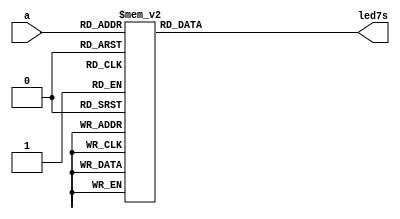
`timescale 1ns / 1ps
//////////////////////////////////////////////////////////////////////////////////
// Company: 
// Engineer: 
// 
// Design Name: 
// Module Name: LED_show
// Project Name: 
// Target Devices: 
// Tool Versions: 
// Description: 
// 
// Dependencies: 
// 
// Revision:
// Revision 0.01 - File Created
// Additional Comments:
// 
//////////////////////////////////////////////////////////////////////////////////


module LED_show(a,led7s);
//42
//4
//LED
      input [3:0] a;
      output [6:0] led7s;
      reg  [6:0] L;
// 7
/* Begin */
always @ (a)
begin
case(a)
4'b0000:L=7'b011_1111;//0 bf
4'b0001:L=7'b000_0110;//1 86
4'b0010:L=7'b101_1011;//2  db 
4'b0011:L=7'b100_1111;//3  cf 
4'b0100:L=7'b110_0110;//4  e6 
4'b0101:L=7'b110_1101;//5  ED
4'b0110:L=7'b111_1101;//6 FD
4'b0111:L=7'b000_0111;//7 87
4'b1000:L=7'b111_1111;//8 FF
4'b1001:L=7'b110_1111;//9 EF
4'b1010:L=7'b111_0111;//10 a  
4'b1011:L=7'b111_1100;//11 b  
4'b1100:L=7'b011_1001;//12 c  
4'b1101:L=7'b101_1110;//13 d  
4'b1110:L=7'b111_1001;//14 e  
4'b1111:L=7'b111_0001;//15f 
endcase
end
assign led7s=L;
/* End */
endmodule